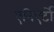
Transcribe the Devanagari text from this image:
एनिएर्टो